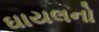
ઘાયલનો